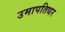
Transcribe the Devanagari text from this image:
उमापतिधर